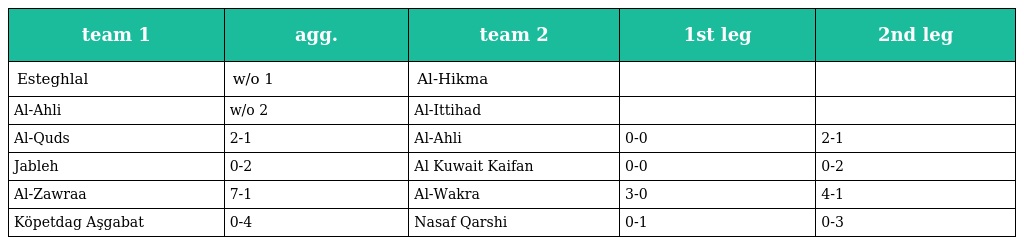
| team 1 | agg. | team 2 | 1st leg | 2nd leg |
 | --- | --- | --- | --- | --- |
 | Esteghlal | w/o 1 | Al-Hikma |  |  |
 | Al-Ahli | w/o 2 | Al-Ittihad |  |  |
 | Al-Quds | 2-1 | Al-Ahli | 0-0 | 2-1 |
 | Jableh | 0-2 | Al Kuwait Kaifan | 0-0 | 0-2 |
 | Al-Zawraa | 7-1 | Al-Wakra | 3-0 | 4-1 |
 | Köpetdag Aşgabat | 0-4 | Nasaf Qarshi | 0-1 | 0-3 |